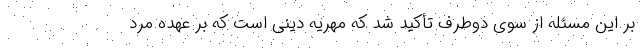
بر این مسئله از سوی دوطرف تأکید شد که مهریه دینی است که بر عهده مرد